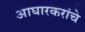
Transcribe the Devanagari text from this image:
आघारकरांचे